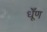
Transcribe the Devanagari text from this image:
धूँण